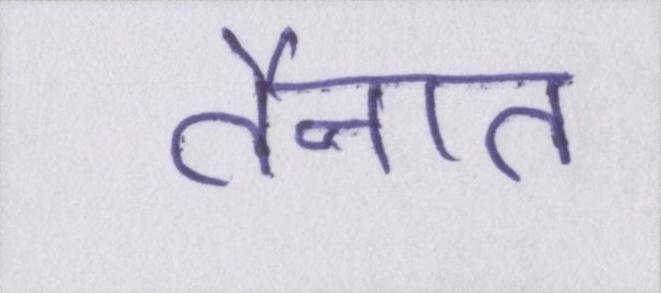
तैनात